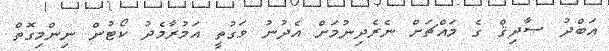
އަބްދު ޞާދިޤް ގެ މައްޗަށް ނެރެދިނުމަށް އެދުނު ވަގުތީ އަމުރާމެދު ކޯޓުން ނިންމިގޮތް